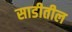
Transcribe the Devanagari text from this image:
साडीतील